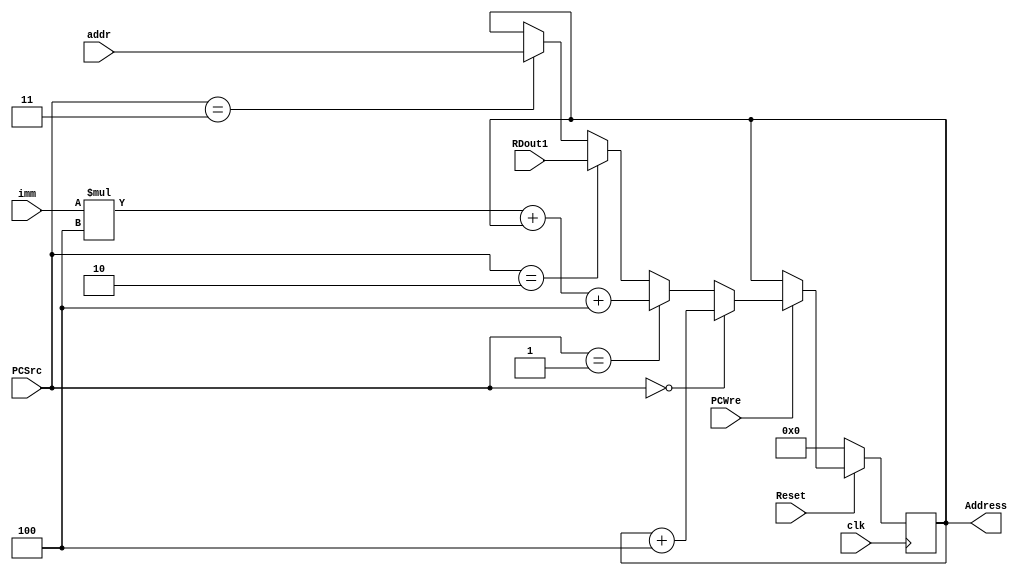
`timescale 1ns / 1ps
//////////////////////////////////////////////////////////////////////////////////
// Company: 
// Engineer: 
// 
// Design Name: 
// Module Name: PC
// Project Name: 
// Target Devices: 
// Tool Versions: 
// Description: 
// 
// Dependencies: 
// 
// Revision:
// Revision 0.01 - File Created
// Additional Comments:
// 
//////////////////////////////////////////////////////////////////////////////////


module PC(input clk, Reset, PCWre,  
          input [1:0] PCSrc,  
          input wire [31:0] imm, addr, RDout1,  
          output reg [31:0] Address);  
               
     always @(posedge clk) begin // pcWreReset  
        if (Reset == 0) begin  
            Address = 0;  
        end else if (PCWre) begin  
            if (PCSrc == 2'b00) begin  
                    Address = Address+4;  
                end else if (PCSrc == 2'b01) begin  
                    Address = imm*4+Address+4;  
                end else if (PCSrc == 2'b10) begin  
                    Address = RDout1;  
                end else if (PCSrc == 2'b11) begin  
                    Address = addr;  
                end  
        end 
    end  
  
endmodule 

module PCAddr(input [25:0] in_addr,  
              input [31:0] PC0,  
                  output reg [31:0] addr);  
    wire [27:0] mid;  
     assign mid = in_addr << 2;  
    always @(in_addr or PC0 or mid) begin  
        addr <= {PC0[31:28], mid[27:0]};  
    end  
  
endmodule